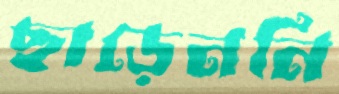
ছাড়েননি